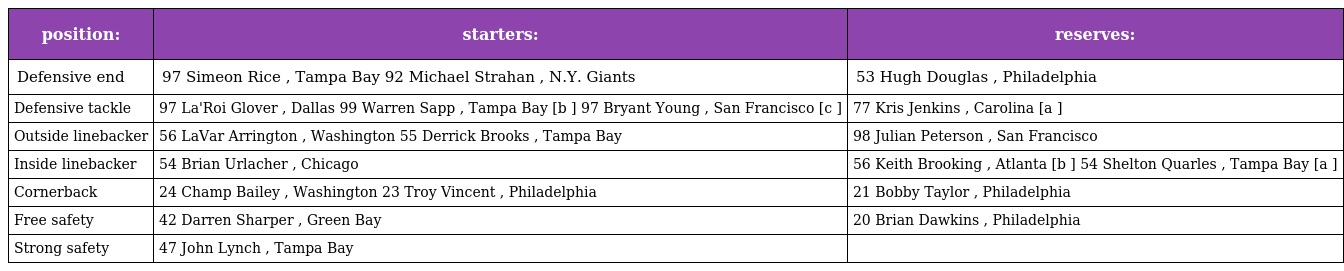
| position: | starters: | reserves: |
 | --- | --- | --- |
 | Defensive end | 97 Simeon Rice , Tampa Bay 92 Michael Strahan , N.Y. Giants | 53 Hugh Douglas , Philadelphia |
 | Defensive tackle | 97 La'Roi Glover , Dallas 99 Warren Sapp , Tampa Bay [b ] 97 Bryant Young , San Francisco [c ] | 77 Kris Jenkins , Carolina [a ] |
 | Outside linebacker | 56 LaVar Arrington , Washington 55 Derrick Brooks , Tampa Bay | 98 Julian Peterson , San Francisco |
 | Inside linebacker | 54 Brian Urlacher , Chicago | 56 Keith Brooking , Atlanta [b ] 54 Shelton Quarles , Tampa Bay [a ] |
 | Cornerback | 24 Champ Bailey , Washington 23 Troy Vincent , Philadelphia | 21 Bobby Taylor , Philadelphia |
 | Free safety | 42 Darren Sharper , Green Bay | 20 Brian Dawkins , Philadelphia |
 | Strong safety | 47 John Lynch , Tampa Bay |  |